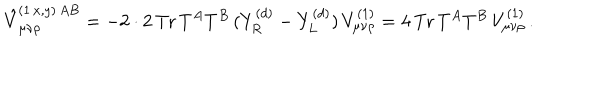
\hat { V } _ { \mu \nu \rho } ^ { ( 1 \, x , y ) \, A B } = - 2 \cdot 2 \, \mathrm { T r } \, T ^ { A } T ^ { B } \, ( Y _ { R } ^ { ( d ) } - Y _ { L } ^ { ( d ) } ) \, V _ { \mu \nu \rho } ^ { ( 1 ) } = 4 \, \mathrm { T r } \, T ^ { A } T ^ { B } \, V _ { \mu \nu \rho } ^ { ( 1 ) } \, .